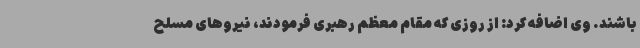
باشند. وی اضافه کرد: از روزی که مقام معظم رهبری فرمودند، نیروهای مسلح